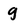
Character: g